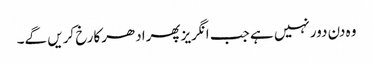
وہ دن دورنہیں ہے جب انگریزپھرادھرکارخ کریں گے۔